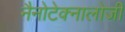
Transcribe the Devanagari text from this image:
नैनोटेक्नालोजी